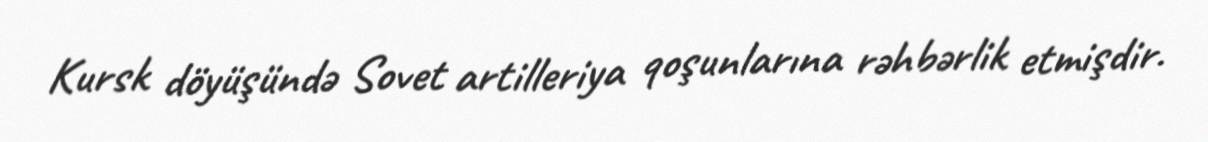
Kursk döyüşündə Sovet artilleriya qoşunlarına rəhbərlik etmişdir.